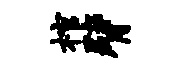
棺臂